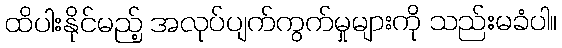
ထိပါးနိုင်မည့် အလုပ်ပျက်ကွက်မှုများကို သည်းမခံပါ။